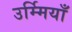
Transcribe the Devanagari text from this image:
उर्म्मियाँ